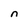
Character: n